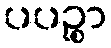
ပပဉ္စာ